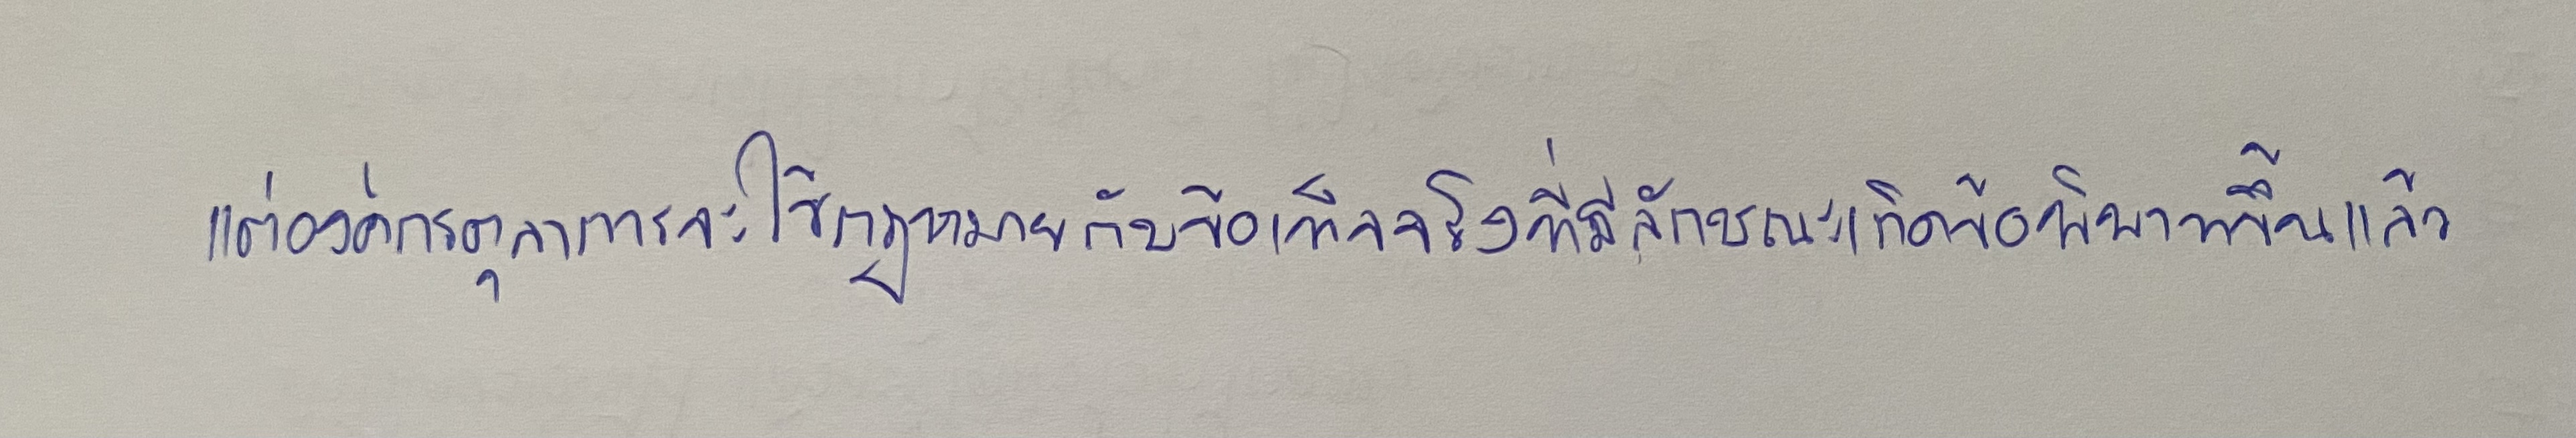
แต่องค์กรตุลาการจะใช้กฎหมายกับข้อเท็จจริงที่มีลักษณะเกิดข้อพิพาทขึ้นแล้ว